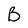
Character: B